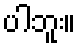
ပါဘူး။